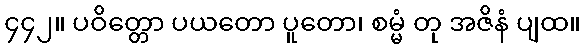
၄၄၂။ ပဝိတ္တော ပယတော ပူတော၊ စမ္မံ တု အဇိနံ ပျထ။